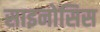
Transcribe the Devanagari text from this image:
साइनोसिस